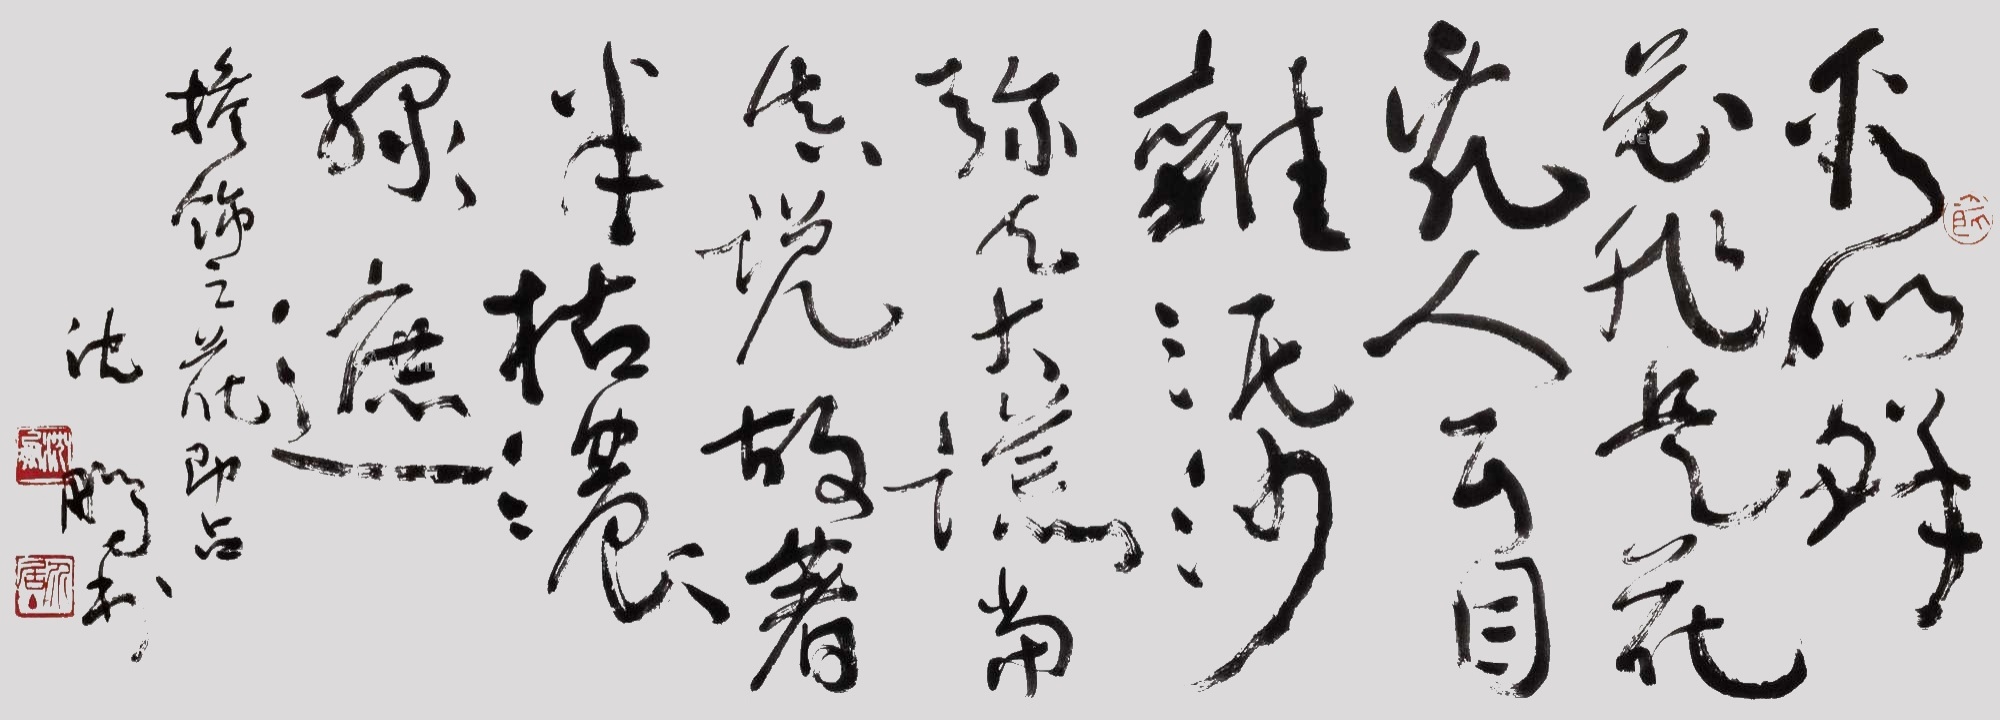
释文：看似鲜花非是花，乱人耳目杂泥沙。弥天大谎当真说，故著半枯浓绿遮。掺饰之花即真掺饰之花即真沈鹏书